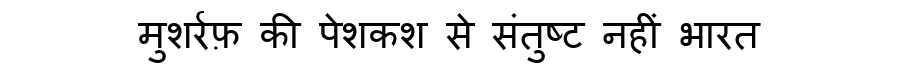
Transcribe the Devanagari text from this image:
मुशर्रफ़ की पेशकश से संतुष्ट नहीं भारत